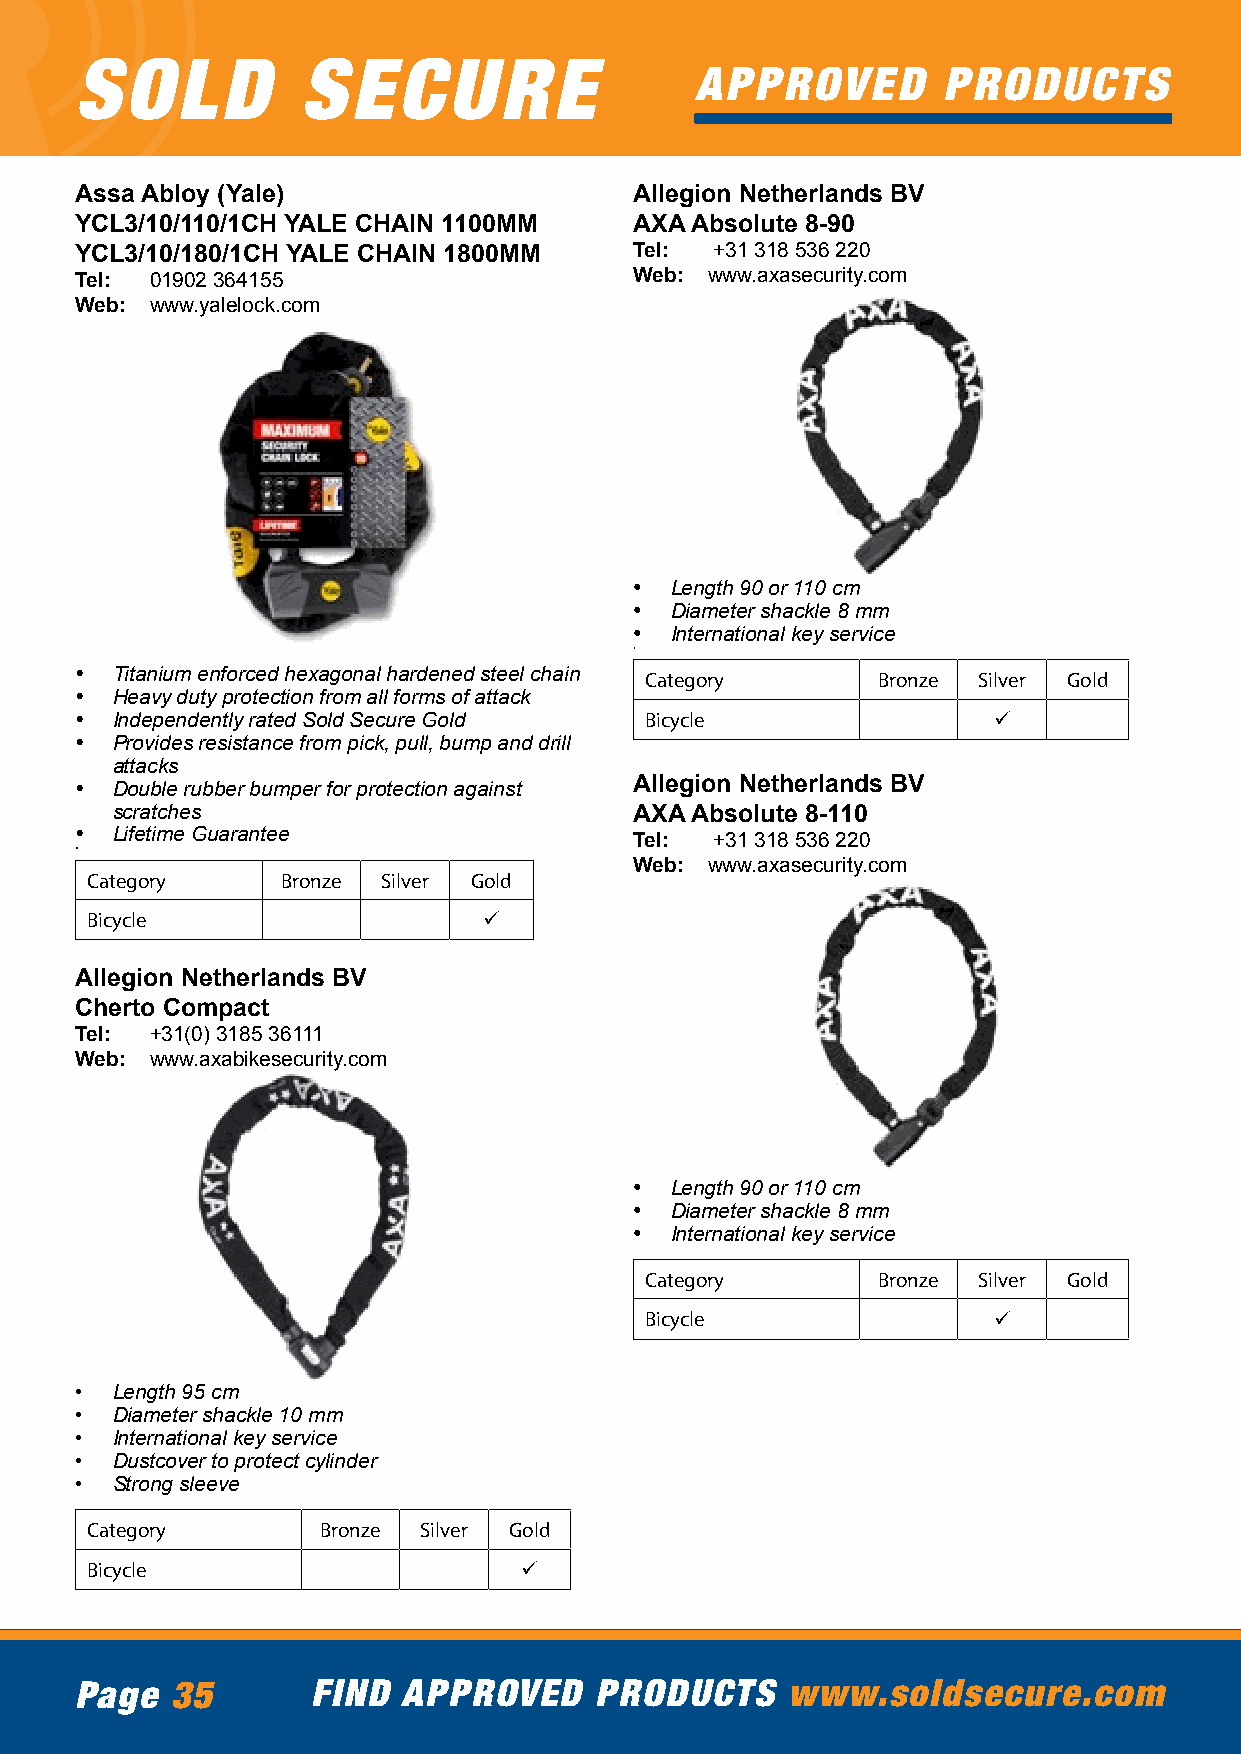
SOLD           SECURE
 APPROVED        PRODUCTS
 Assa Abloy (Yale)                    Allegion Netherlands BV
 YCL3/10/110/1CH YALE CHAIN 1100MM    AXA Absolute 8-90
 YCL3/10/180/1CH YALE CHAIN 1800MM    Tel: +31 318 536 220
 Tel: 01902 364155                    Web: www.axasecurity.com
 Web: www.yalelock.com
 • Length 90 or 110 cm
 • Diameter shackle 8 mm
 • International key service
 •
 • Titanium enforced hexagonal hardened steel chain Category Bronze Silver Gold
 • Heavy duty protection from all forms of attack
 • Independently rated Sold Secure Gold Bicycle               ü
 • Provides resistance from pick, pull, bump and drill
 attacks
 • Double rubber bumper for protection against Allegion Netherlands BV
 scratches                          AXA Absolute 8-110
 • Lifetime Guarantee                 Tel: +31 318 536 220
 •
 Web: www.axasecurity.com
 Category     Bronze Silver Gold
 Bicycle                   ü
 Allegion Netherlands BV
 Cherto Compact
 Tel: +31(0) 3185 36111
 Web: www.axabikesecurity.com
 • Length 90 or 110 cm
 • Diameter shackle 8 mm
 • International key service
 Category       Bronze Silver Gold
 Bicycle                ü
 • Length 95 cm
 • Diameter shackle 10 mm
 • International key service
 • Dustcover to protect cylinder
 • Strong sleeve
 Category       Bronze Silver Gold
 Bicycle                      ü
 Page  35        FIND  APPROVED    PRODUCTS     www.soldsecure.com